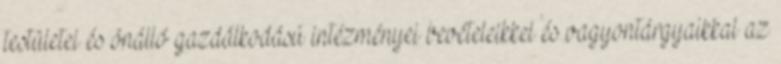
testületei és önálló gazdálkodású intézményei bevételeikkel és vagyontárgyaikkal az